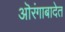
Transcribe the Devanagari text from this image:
ऒरंगाबादेत